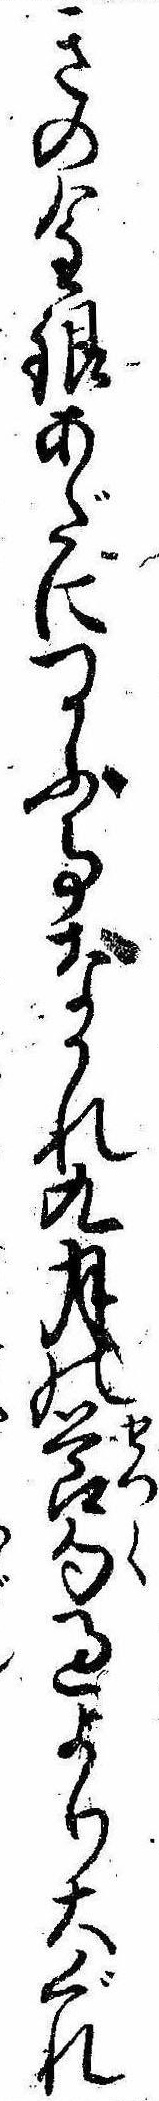
きの金銀あだにつかふ事なかれ九月の節句過より大ぐれ